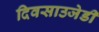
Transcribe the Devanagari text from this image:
दिवसाउजेडी